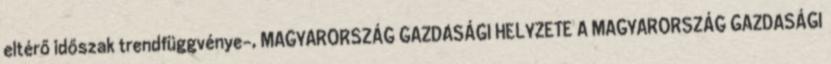
eltérő időszak trendfüggvénye-, MAGYARORSZÁG GAZDASÁGI HELYZETE A MAGYARORSZÁG GAZDASÁGI